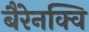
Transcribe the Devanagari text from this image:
बैरेनक्वि